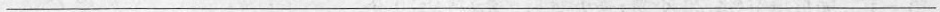
___